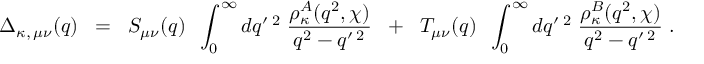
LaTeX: \Delta _ { \kappa , \, \mu \nu } ( q ) \; \; = \; \; S _ { \mu \nu } ( q ) \; \; \int _ { 0 } ^ { \infty } d q ^ { \prime \; 2 } \; \frac { { \rho } _ { \kappa } ^ { A } ( q ^ { 2 } , \chi ) } { q ^ { 2 } - q ^ { \prime \; 2 } } \; \; + \; \; T _ { \mu \nu } ( q ) \; \; \int _ { 0 } ^ { \infty } d q ^ { \prime \; 2 } \; \frac { { \rho } _ { \kappa } ^ { B } ( q ^ { 2 } , \chi ) } { q ^ { 2 } - q ^ { \prime \; 2 } } \; .